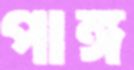
পাঙ্গ